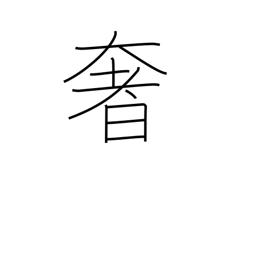
Meaning: luxury